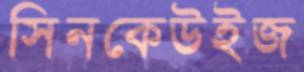
সিনকেউইজ